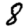
Digit: 8